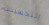
التحسينات